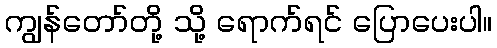
ကျွန်တော်တို့ သို့ ရောက်ရင် ပြောပေးပါ။